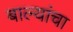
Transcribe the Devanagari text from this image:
बाल्यांचा